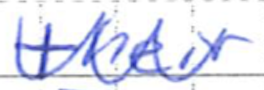
Text: their
Cross-out: zig-zag
Writing tool: ballpoint